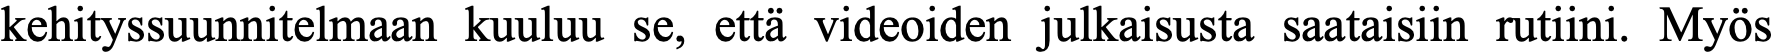
kehityssuunnitelmaan kuuluu se, että videoiden julkaisusta saataisiin rutiini. Myös